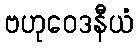
ဗဟုဝေဒနီယံ